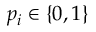
p _ { i } \in \{ 0 , 1 \}